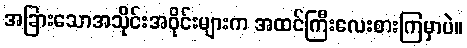
အခြားသောအသိုင်းအဝိုင်းများက အထင်ကြီးလေးစားကြမှာပဲ။